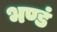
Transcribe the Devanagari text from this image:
भण्डं